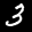
Label: 3